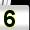
Digit: 5